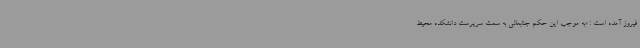
فیروز آمده است : «به موجب این حکم جنابعالی به سمت سرپرست دانشکده محیط